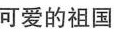
可爱的祖国